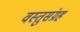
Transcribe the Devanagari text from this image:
वस्तुसंग्रह